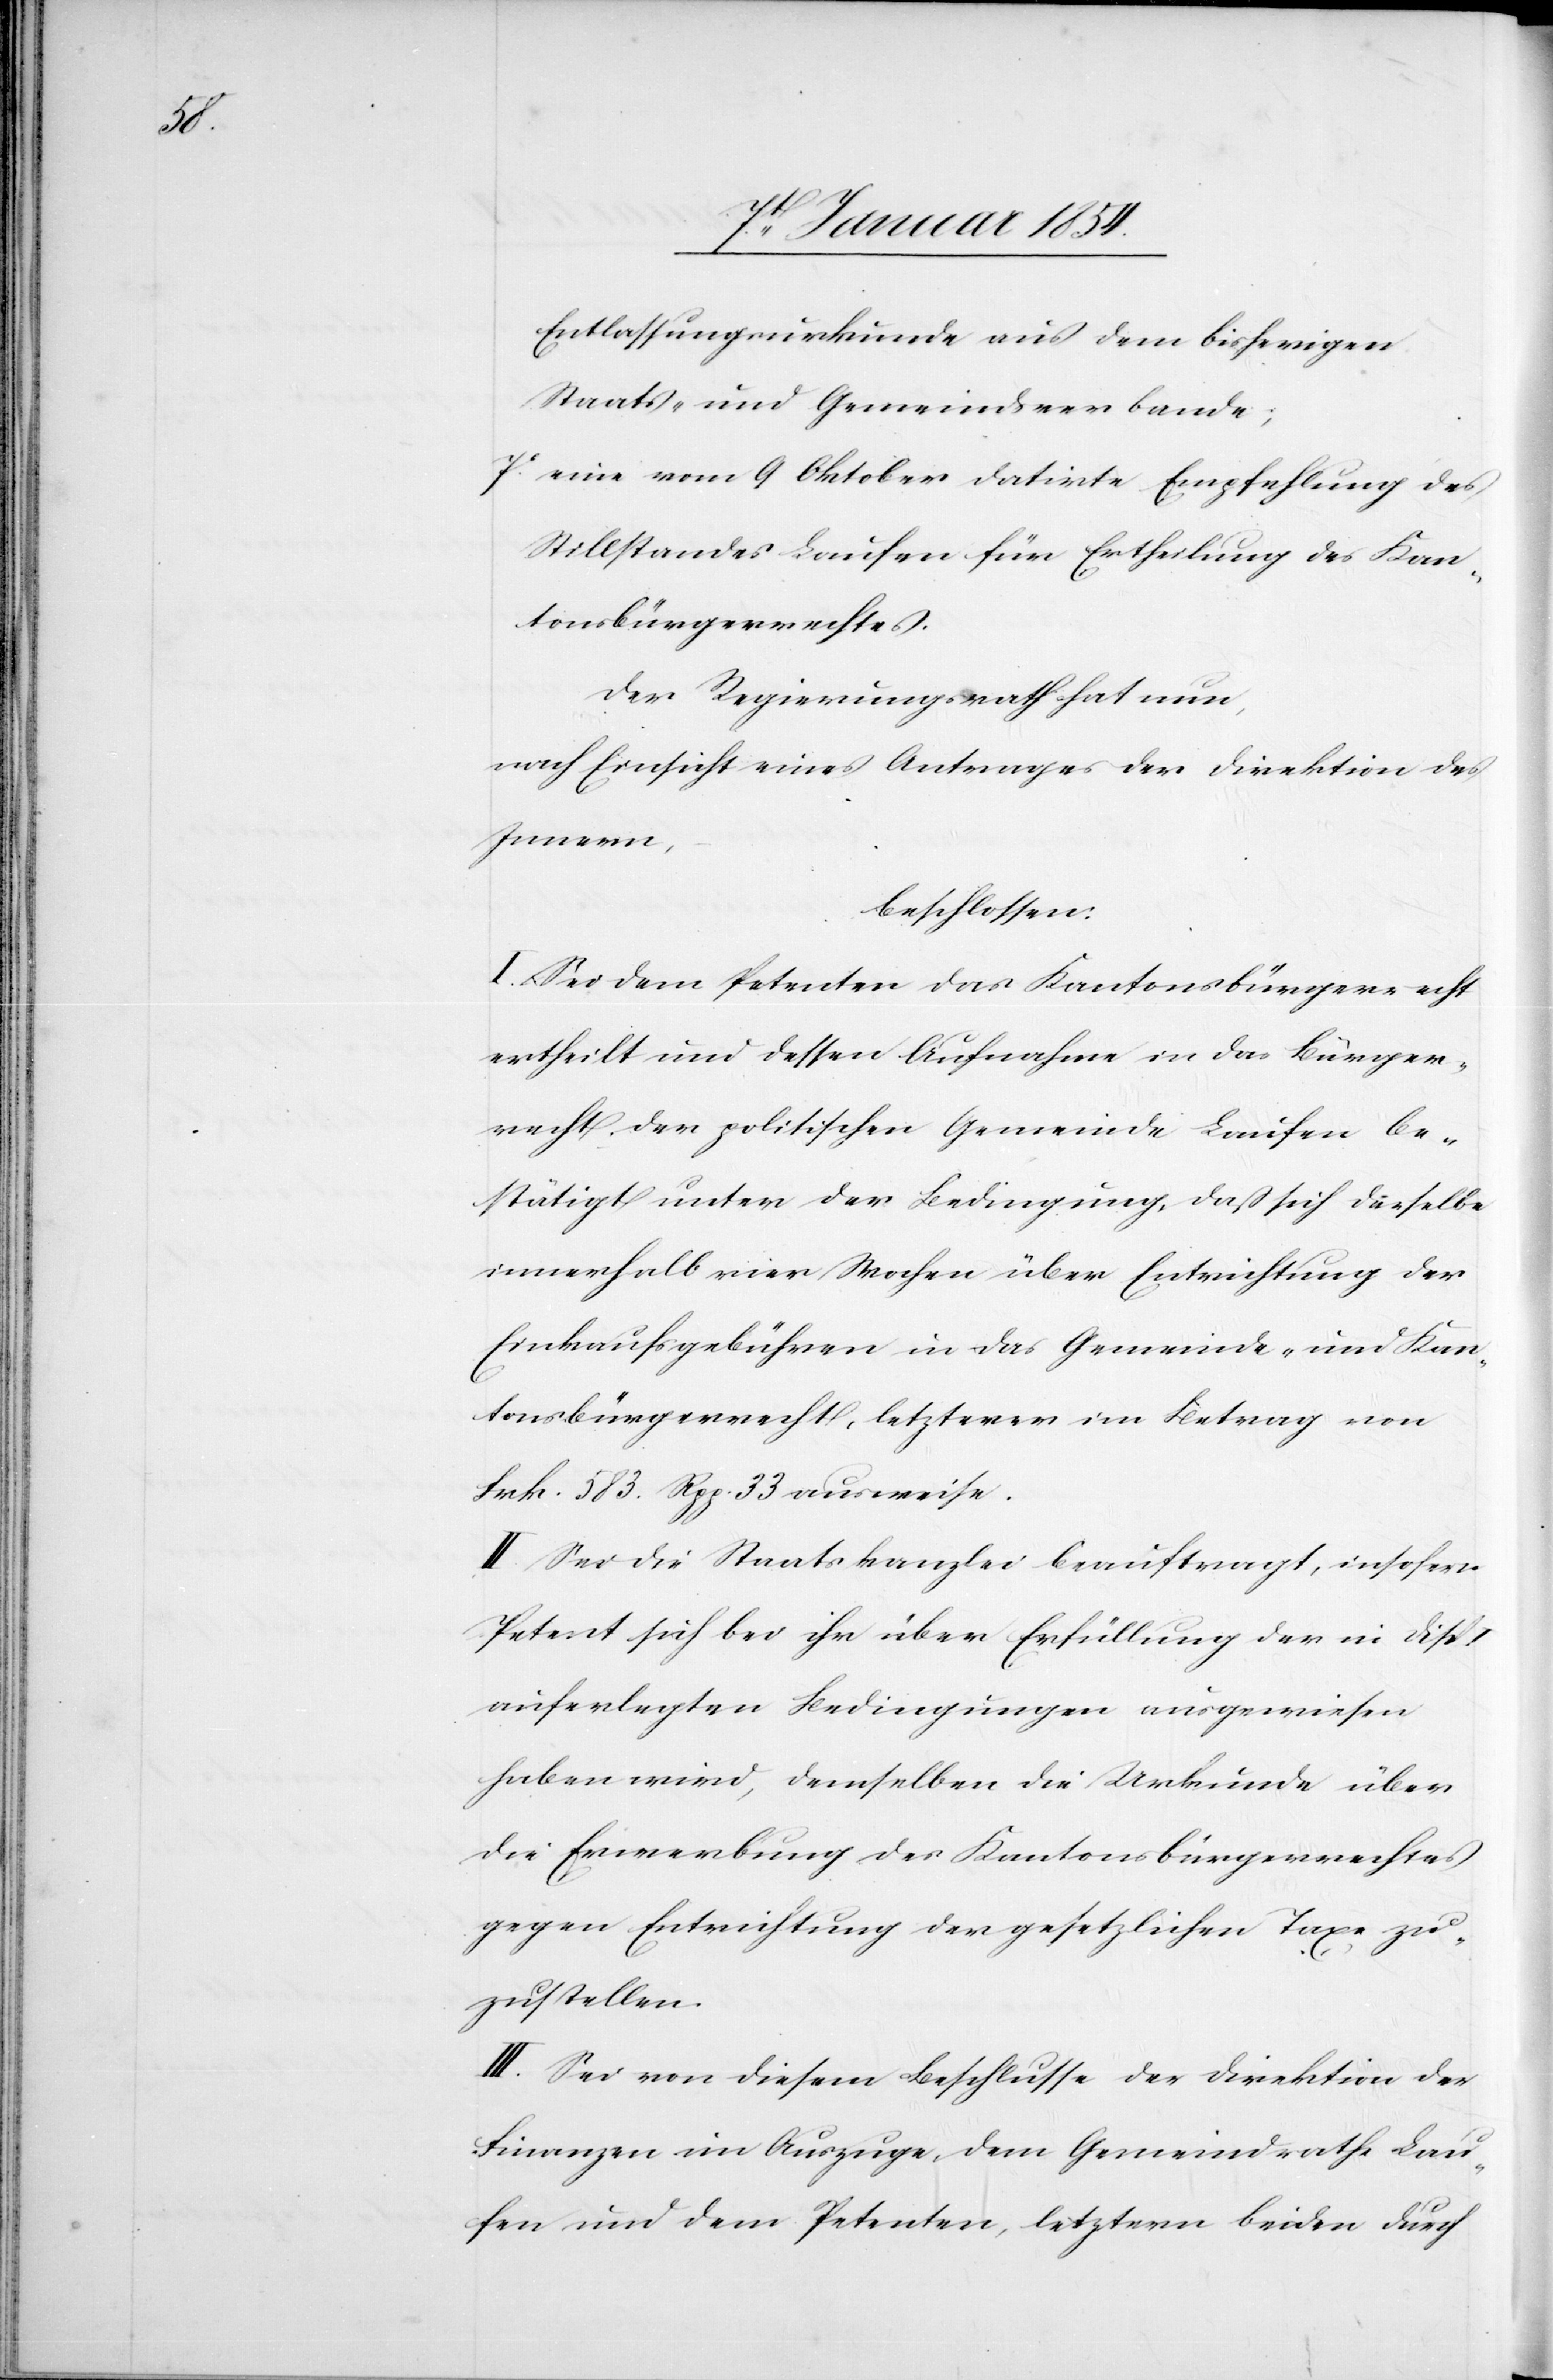
Entlassungsurkunde aus dem bisherigen
Staats- und Gemeindverbande;
7. eine vom 9 Oktober datirte Empfehlung des
Stillstandes Laufen für Ertheilung des Kan¬
tonsbürgerrechtes.
Der Regierungsrath hat nun,
nach Einsicht eines Antrages der Direktion des
Innern,
beschlossen:
I. Sei dem Petenten das Kantonsbürgerrecht
ertheilt und dessen Aufnahme in das Bürger¬
recht der politischen Gemeinde Laufen be¬
stätigt unter der Bedingung, daß sich derselbe
innerhalb vier Wochen über Entrichtung der
Einkaufsgebühren in das Gemeinde- und Kan¬
tonsbürgerrecht, letzterer im Betrag von
Frk. 583. Rpp. 33 ausweise.
II. Sei die Staatskanzlei beauftragt, insofern
Petent sich bei ihr über Erfüllung der in Disp.
auferlegten Bedingungen ausgewiesen
haben wird, demselben die Urkunde über
die Erwerbung des Kantonsbürgerrechtes
gegen Entrichtung der gesetzlichen Taxe zu¬
zustellen.
III. Sei von diesem Beschlusse der Direktion der
Finanzen ein Auszuge, dem Gemeindrathe Lau¬
fen und dem Petenten, letztern beiden durch